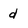
Character: d